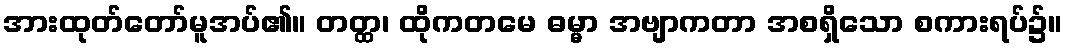
အားထုတ်တော်မူအပ်၏။ တတ္ထ၊ ထိုကတမေ ဓမ္မာ အဗျာကတာ အစရှိသော စကားရပ်၌။